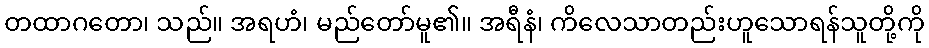
တထာဂတော၊ သည်။ အရဟံ၊ မည်တော်မူ၏။ အရီနံ၊ ကိလေသာတည်းဟူသောရန်သူတို့ကို